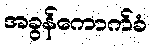
အခွန်ကောက်ခံ